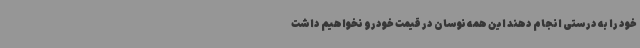
خود را به درستی انجام دهند این همه نوسان در قیمت خودرو نخواهیم داشت